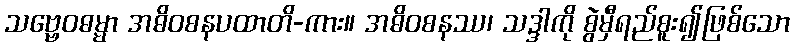
သဗ္ဗေဝဓမ္မာ အဓိဝစနပထာတိ-ကား။ အဓိဝစနဿ၊ သဒ္ဒါကို စွဲမှီရည်စူး၍ဖြစ်သော